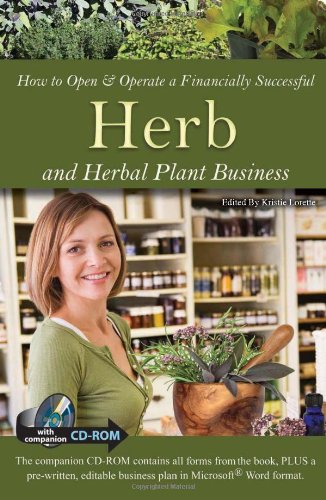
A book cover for How to Open & Operate a Financially Successful Herb and Herbal Plant Business: With Companion CD-ROM (How to Open and Operate a Financially Successful...); Kristie Lorette; Crafts, Hobbies & Home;